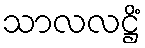
သာလလဋ္ဌိံ